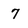
Character: 7